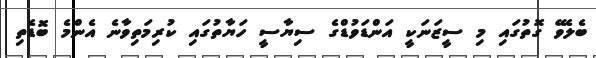
ބެލެވޭ ގޮތުގައި މި ސީޒަނަކީ އަންޑަވުޑްގެ ސިޔާސީ ހަޔާތުގައި ކުރިމަތިވާނެ އެންމެ ބޮޑެތި